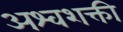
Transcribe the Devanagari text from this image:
अश्‍वशक्ती